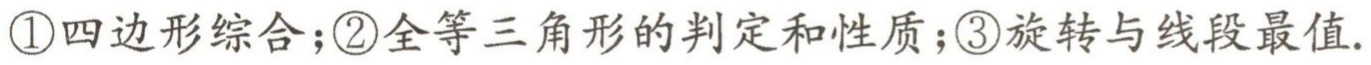
\textcircled{1}四边形综合；\textcircled{2}全等三角形的判定和性质；\textcircled{3}旋转与线段最值.